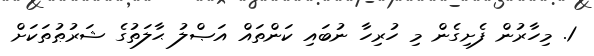
1. މިހާރުން ފެށިގެން މި ހުރިހާ ނުބައި ކަންތައް އަޞްލު ޙާލަތުގެ ޝަރުޠުތަކަށް